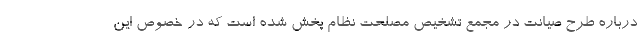
درباره طرح صیانت در مجمع تشخیص مصلحت نظام پخش شده است که در خصوص این